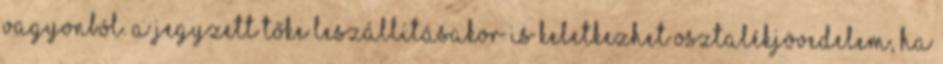
vagyonból. A jegyzett tőke leszállításakor is keletkezhet osztalékjövedelem, ha